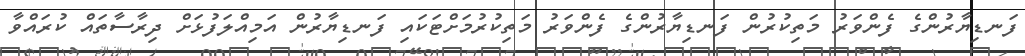
ފަނޑިޔާރުންގެ ފެންވަރު މަތިކުރުން ފަނޑިޔާރުންގެ ފެންވަރު މަތިކުރުމަށްޓަކައި ފަނޑިޔާރުން އަމިއްލަފުޅަށް ދިރާސާތައް ކުރައްވާ